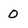
Character: 0